Civil Veterinary Department Bihar & Orissa reports 1911-21 - 1911-1921
Year: 1911
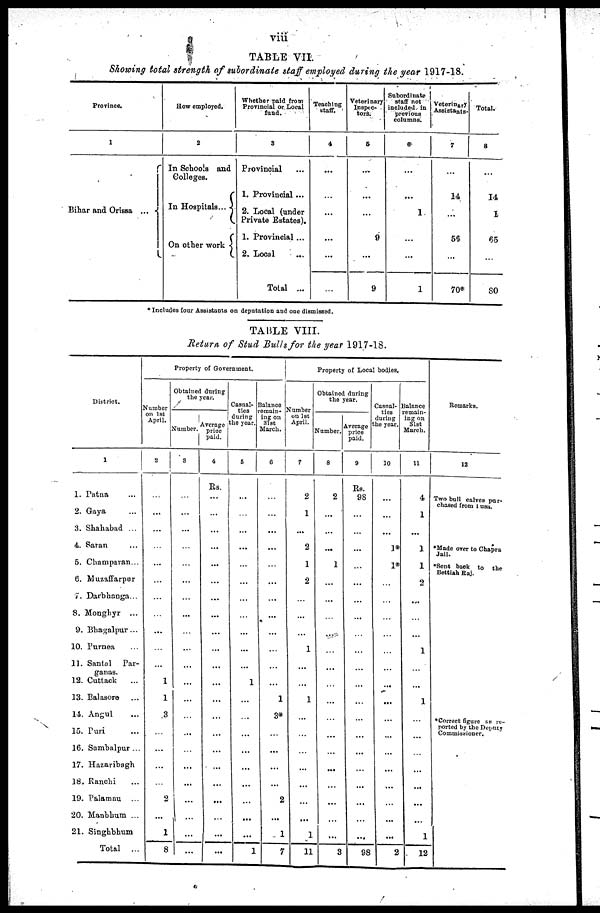
viii
TABLE VII.
Showing total strength of subordinate staff employed during the year 1917-18.
Province.
1
Bihar and Orissa ...
How employed.
2
In Schools and
Colleges.
In Hospitals...
On other work
Whether paid from
Provincial or Local
fund.
3
Provincial
1. Provincial ...
2. Local (under
Private Estates).
1. Provincial ...
2. Local ...
Total ...
Teaching
staff.
4
...
...
...
...
Veterinary
Inspec-
tors.
6
...
...
9
...
9
Subordinate
staff not
included in
previous
columns.
6
...
1
...
...
1
Veterinary
Assistants.
7
14
...
56
...
70
Total.
8
14
I
65
...
80
* Includes four Assistants on deputation and one dismissed.
TABLE VIII.
Return of Stud Bull for the year 1917-13.
Dhtrict.
1
1. Patna
...
2. Gaya ...
3. Shahabad ...
4. Saran ...
5. Champaran ...
6. Muzaffarpur
7. Darbhanga...
8. Monghyr ...
9. Bhagalpur ...
10. Purnea ...
11. Santal Par-
ganas.
12. Cuttack ...
13. Balasore ...
14. Angul ...
15. Puri ...
16. Sambalpur ...
17. Hazaribagh
18. Ranchi ...
19. Palamau ...
20. Manbhum ...
21. Singhbhum
Total
...
Property of Government.
Number
on 1st
April.
2
...
...
...
...
...
...
...
...
...
...
...
1
1
3
...
...
...
...
2
...
1
8
Obtained during
the year.
Number
3
...
...
...
...
...
...
...
...
...
...
...
...
...
...
...
...
...
...
...
...
...
...
...
Average
price
paid.
4
Rs.
...
...
...
...
...
...
...
...
...
...
...
...
...
...
...
...
...
...
...
...
...
...
Casual-
tics
during
the year.
5
...
...
...
...
...
...
...
...
...
...
1
...
...
...
...
...
...
...
...
1
Balance
remain-
ing on
31st
March.
6
...
...
...
...
...
...
...
...
...
...
...
...
1
3*
...
...
...
...
2
...
1
7
Property of Local bodies.
Number .
on 1st
April.
7
2
1
...
2
1
2
...
...
...
1
...
...
1
...
...
...
...
...
...
...
1
11
Obtained during
the year.
umber.
8
2
...
...
...
1
...
...
...
...
...
...
...
...
...
...
...
...
...
...
...
...
3
Average
price
paid.
9
Rs.
98
...
...
...
...
...
...
...
...
...
...
...
...
...
...
...
...
...
...
...
...
98
Casnal-
ties
during
he year.
10
...
...
...
1*
1*
...
...
...
...
...
...
...
...
...
...
...
...
...
...
...
...
2
Balance
emiain-
ing on
31st
March.
11
4
1
...
1
1
2
...
...
...
1
...
...
1
...
...
...
...
...
...
1
12
Remarks.
12
Two bull calves pur-
chased from
usa.
*Made over to Chopra
Jail.
*Sent back to
the
Bettiah Raj
*Correct figure as re-
ported by the Deputy
Commissioner.